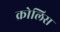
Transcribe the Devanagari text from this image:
क्रोलिस